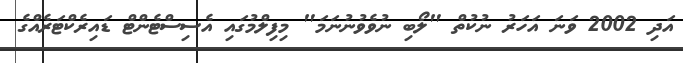
އަދި 2002 ވަނަ އަހަރު ނުކުތް "ލޯބި ނުވެވުނުނަމަ" މިފިލްމުގައި އެސިސްޓެންޓް ޑައިރެކްޓަރެއްގެ